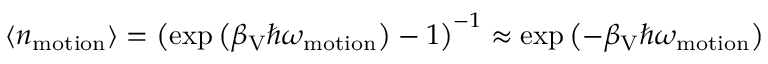
\langle n _ { \mathrm { m o t i o n } } \rangle = \left( \exp \left( \beta _ { \mathrm { V } } \hbar \omega _ { \mathrm { m o t i o n } } \right) - 1 \right) ^ { - 1 } \approx \exp \left( - \beta _ { \mathrm { V } } \hbar \omega _ { \mathrm { m o t i o n } } \right)